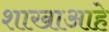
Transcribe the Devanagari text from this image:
शाखाआहे